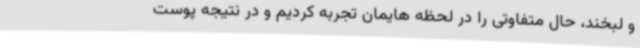
و لبخند، حال متفاوتی را در لحظه هایمان تجربه کردیم و در نتیجه پوست